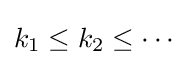
k_{1}\leq k_{2}\leq \cdots